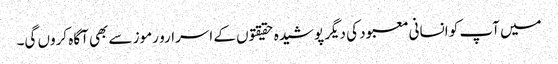
میں آپ کو انسانی معبود کی دیگر پوشیدہ حقیقتوں کے اسرارو رموز سے بھی آگاہ کروں گی۔